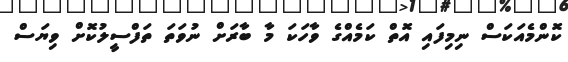
ކޮންމެއަކަސް ނިމިފައި އޮތް ކަމެއްގެ ވާހަކަ މާ ބާރަށް ނުވަތަ ތަފްސީލުކޮށް ވިޔަސް